画像に写った文字を読んでください
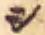
「シ」と書いてあります